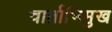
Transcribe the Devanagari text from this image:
वार्ताभिमुख